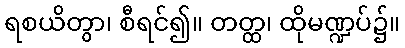
ရစယိတွာ၊ စီရင်၍။ တတ္ထ၊ ထိုမဏ္ဍပ်၌။